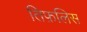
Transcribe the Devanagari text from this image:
तिफ़लिस